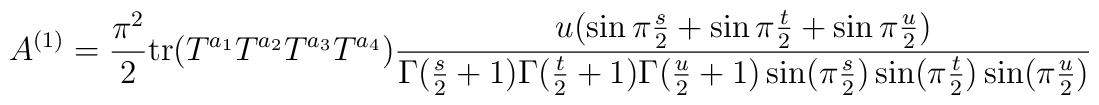
A^{(1)}= {\pi^2 \over 2} {\rm tr} (T^{a_1}T^{a_2}T^{a_3}T^{a_4}) {  u(\sin  \pi {s\over 2}+   \sin \pi {t\over 2} +  \sin \pi{u\over 2} )\over  \Gamma({s\over2}+1) \Gamma({t\over 2}+1)  \Gamma({u\over 2}+1)\sin(\pi {s\over 2})\sin(\pi {t\over 2})\sin(\pi {u\over 2})}